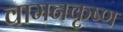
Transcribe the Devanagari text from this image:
वामनकृष्ण